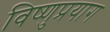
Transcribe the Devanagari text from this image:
विष्‍णुप्रयाग